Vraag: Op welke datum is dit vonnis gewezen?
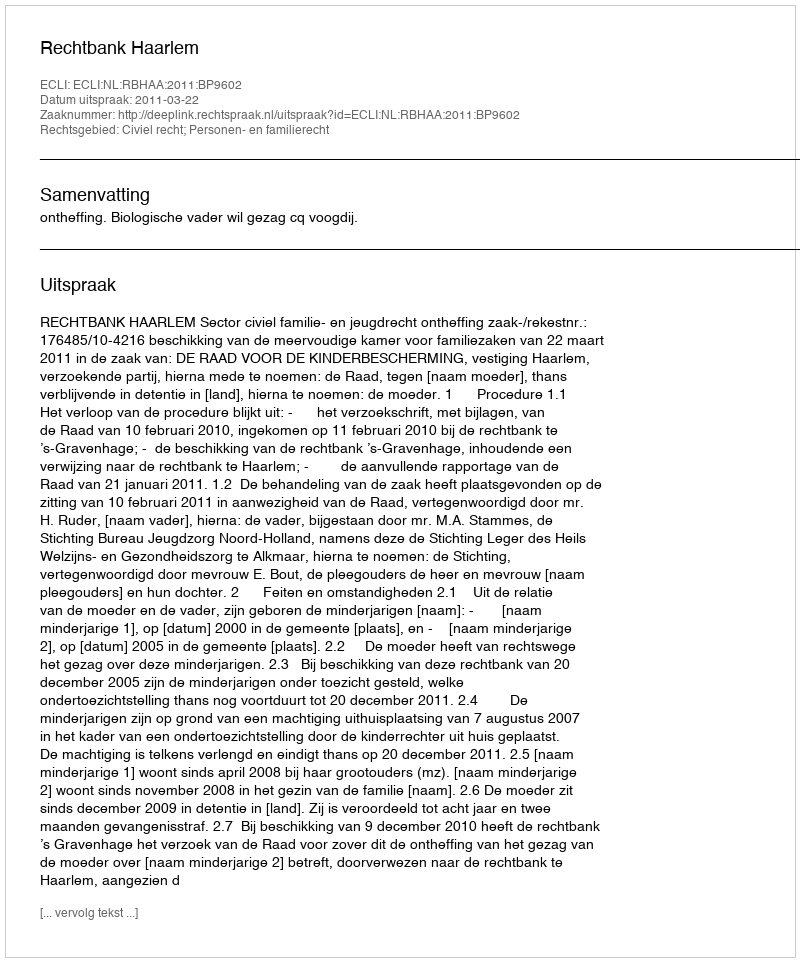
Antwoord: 2011-03-22